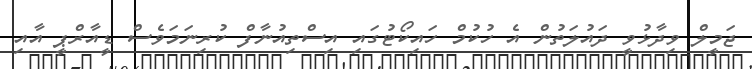
ޖަމީލް ވިދާޅުވީ ދައުލަތުން އެ ހުކުމް ހައިކޯޓުގައި އިސްތިއުނާފް ކުރިނަމަވެސް ޑީއާރްޕީ އާއި